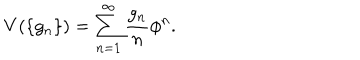
V ( \{ g _ { n } \} ) = \sum _ { n = 1 } ^ { \infty } \frac { g _ { n } } { n } \phi ^ { n } .